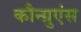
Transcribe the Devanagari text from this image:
कौन्ग्रुएंस